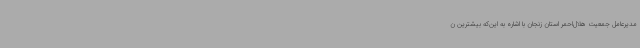
مدیرعامل جمعیت هلال‌احمر استان زنجان با اشاره به این‌که بیشترین ن